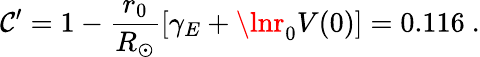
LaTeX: \mathcal{C}^{\prime}=1-\frac{{r_{0}}}{{R_{\odot}}}[\gamma_{E}+\lnr_{0}V(0)]=0.116\ .